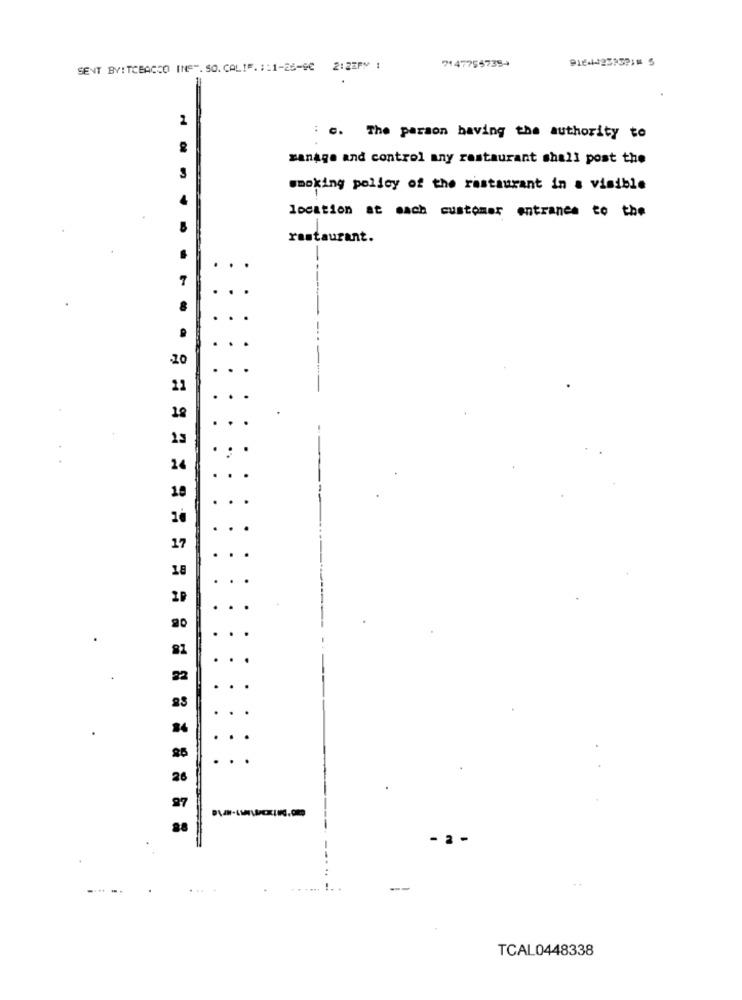
SENT BYITCBACCO INE". SO. CALIF. : : 1-26-90 2:22PM :
71477557354
: c. The parson having the authority to
manage and control any restaurant shall post the
smoking policy of the restaurant in a visible
location at each customer entrance to the
restaurant.
.
..
...
.
.
.20
21
.
24
.
.
19
.
.
.
17
.
18
............
20
. .
81
.. .
22
. .
25
. .
...
26
...
. 2
TCAL0448338